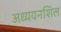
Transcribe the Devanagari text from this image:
अध्ययनशिल